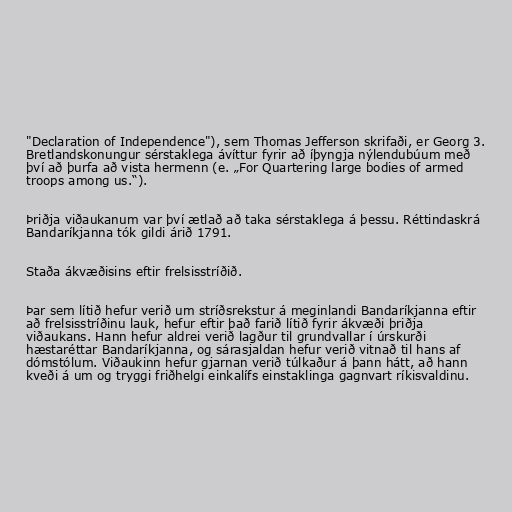
"Declaration of Independence"), sem Thomas Jefferson skrifaði, er Georg 3.
Bretlandskonungur sérstaklega ávíttur fyrir að íþyngja nýlendubúum með
því að þurfa að vista hermenn (e. „For Quartering large bodies of armed
troops among us.“).

Þriðja viðaukanum var því ætlað að taka sérstaklega á þessu. Réttindaskrá
Bandaríkjanna tók gildi árið 1791.

Staða ákvæðisins eftir frelsisstríðið.

Þar sem lítið hefur verið um stríðsrekstur á meginlandi Bandaríkjanna eftir
að frelsisstríðinu lauk, hefur eftir það farið lítið fyrir ákvæði þriðja
viðaukans. Hann hefur aldrei verið lagður til grundvallar í úrskurði
hæstaréttar Bandaríkjanna, og sárasjaldan hefur verið vitnað til hans af
dómstólum. Viðaukinn hefur gjarnan verið túlkaður á þann hátt, að hann
kveði á um og tryggi friðhelgi einkalífs einstaklinga gagnvart ríkisvaldinu.